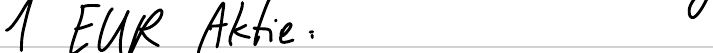
1 EUR Aktie: